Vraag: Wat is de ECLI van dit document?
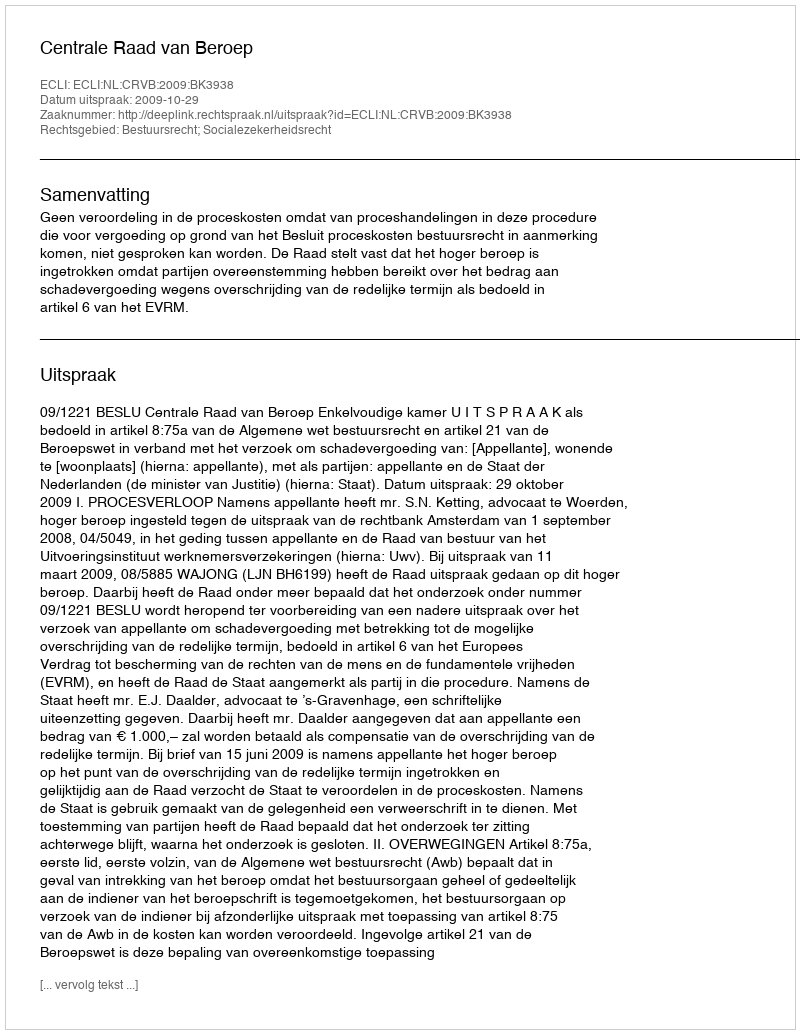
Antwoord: ECLI:NL:CRVB:2009:BK3938